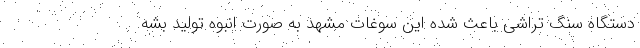
دستگاه سنگ تراشی باعث شده این سوغات مشهد به صورت انبوه تولید بشه.